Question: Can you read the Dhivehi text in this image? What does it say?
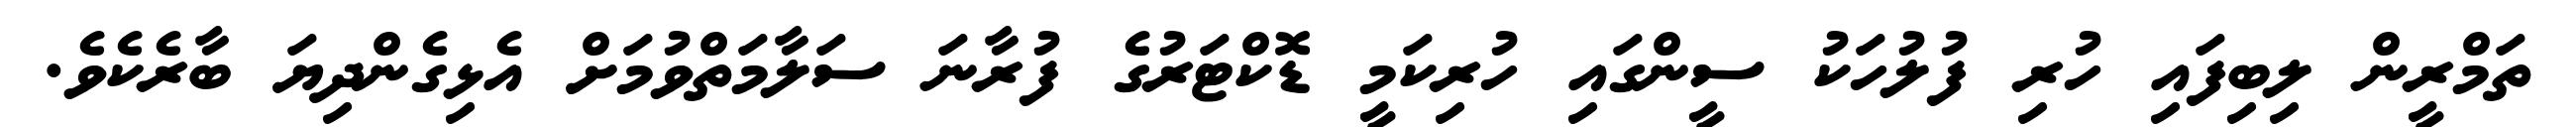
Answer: ތަމްރީން ލިބިފައި ހުރި ފުލުހަކު ސީންގައި ހުރިކަމީ ޑޮކްޓަރުގެ ފުރާނަ ސަލާމަތްވުމަށް އެޅިގެންދިޔަ ބާރެކެވެ.